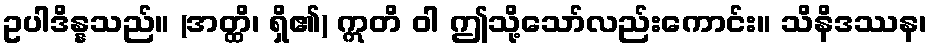
ဥပါဒိန္နသည်။ (အတ္ထိ၊ ရှိ၏) ဣတိ ဝါ ဤသို့သော်လည်းကောင်း။ သိနိဒဿန၊